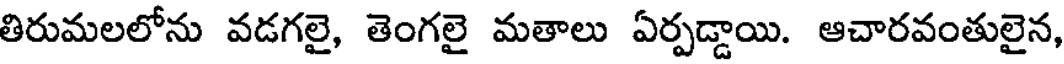
తిరుమలలోను వడగలై, తెంగలై మతాలు ఏర్పడ్డాయి. ఆచారవంతులైన,